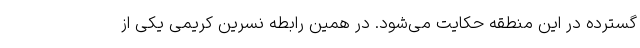
گسترده در این منطقه حکایت می‌شود. در همین رابطه نسرین کریمی یکی از